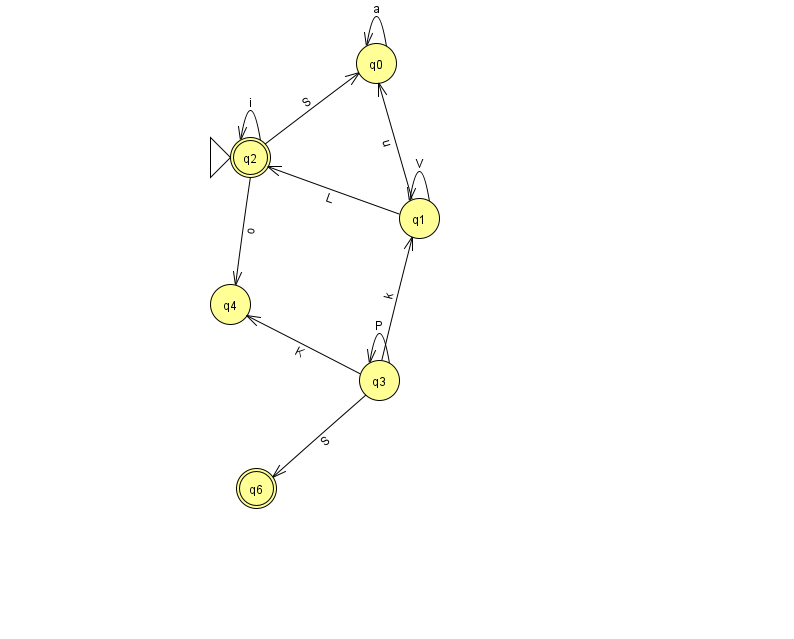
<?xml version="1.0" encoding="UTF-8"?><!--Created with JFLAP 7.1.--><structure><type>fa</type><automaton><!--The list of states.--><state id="0" name="q0"><x>376.0</x><y>50.0</y></state><state id="1" name="q1"><x>419.0</x><y>205.0</y></state><state id="2" name="q2"><x>250.0</x><y>144.0</y><initial/><final/></state><state id="3" name="q3"><x>379.0</x><y>367.0</y></state><state id="4" name="q4"><x>230.0</x><y>291.0</y></state><state id="6" name="q6"><x>256.0</x><y>475.0</y><final/></state><!--The list of transitions.--><transition><from>3</from><to>3</to><read>P</read></transition><transition><from>0</from><to>0</to><read>a</read></transition><transition><from>3</from><to>1</to><read>k</read></transition><transition><from>3</from><to>4</to><read>K</read></transition><transition><from>3</from><to>6</to><read>S</read></transition><transition><from>1</from><to>0</to><read>u</read></transition><transition><from>1</from><to>1</to><read>V</read></transition><transition><from>2</from><to>0</to><read>S</read></transition><transition><from>1</from><to>2</to><read>L</read></transition><transition><from>2</from><to>2</to><read>i</read></transition><transition><from>2</from><to>4</to><read>o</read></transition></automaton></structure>